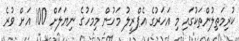
ކުރިމަތިލުންތަކުގައި މި އަހަރުގެ އެޕްރީލު މަހުން މިމަހުގެ ނިޔަލަށް 100 އަށް ވުރެ